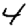
Digit: 4